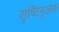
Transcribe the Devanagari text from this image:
सृष्टिमूलक